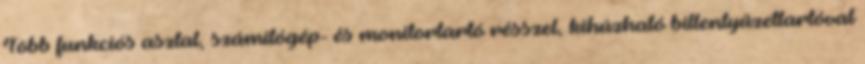
Több funkciós asztal, számítógép- és monitortartó résszel, kihúzható billentyűzettartóval